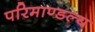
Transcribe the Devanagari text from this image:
परिमाण्डल्य